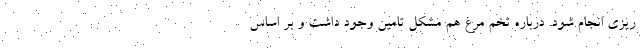
ریزی انجام شود. درباره تخم مرغ هم مشکل تامین وجود داشت و بر اساس